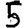
Digit: 5